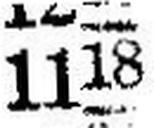
1118